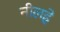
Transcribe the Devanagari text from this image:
नीलहे